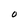
Character: 0